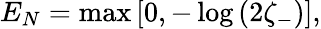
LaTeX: E_{N}=\operatorname*{max}\left[0,-\log\left(2\zeta_{-}\right)\right],